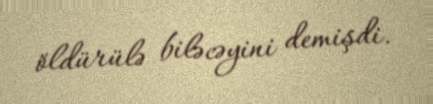
öldürülə biləcəyini demişdi.